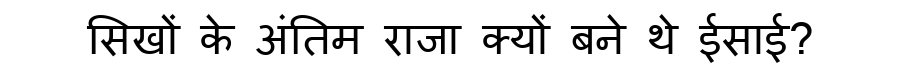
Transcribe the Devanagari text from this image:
सिखों के अंतिम राजा क्यों बने थे ईसाई?